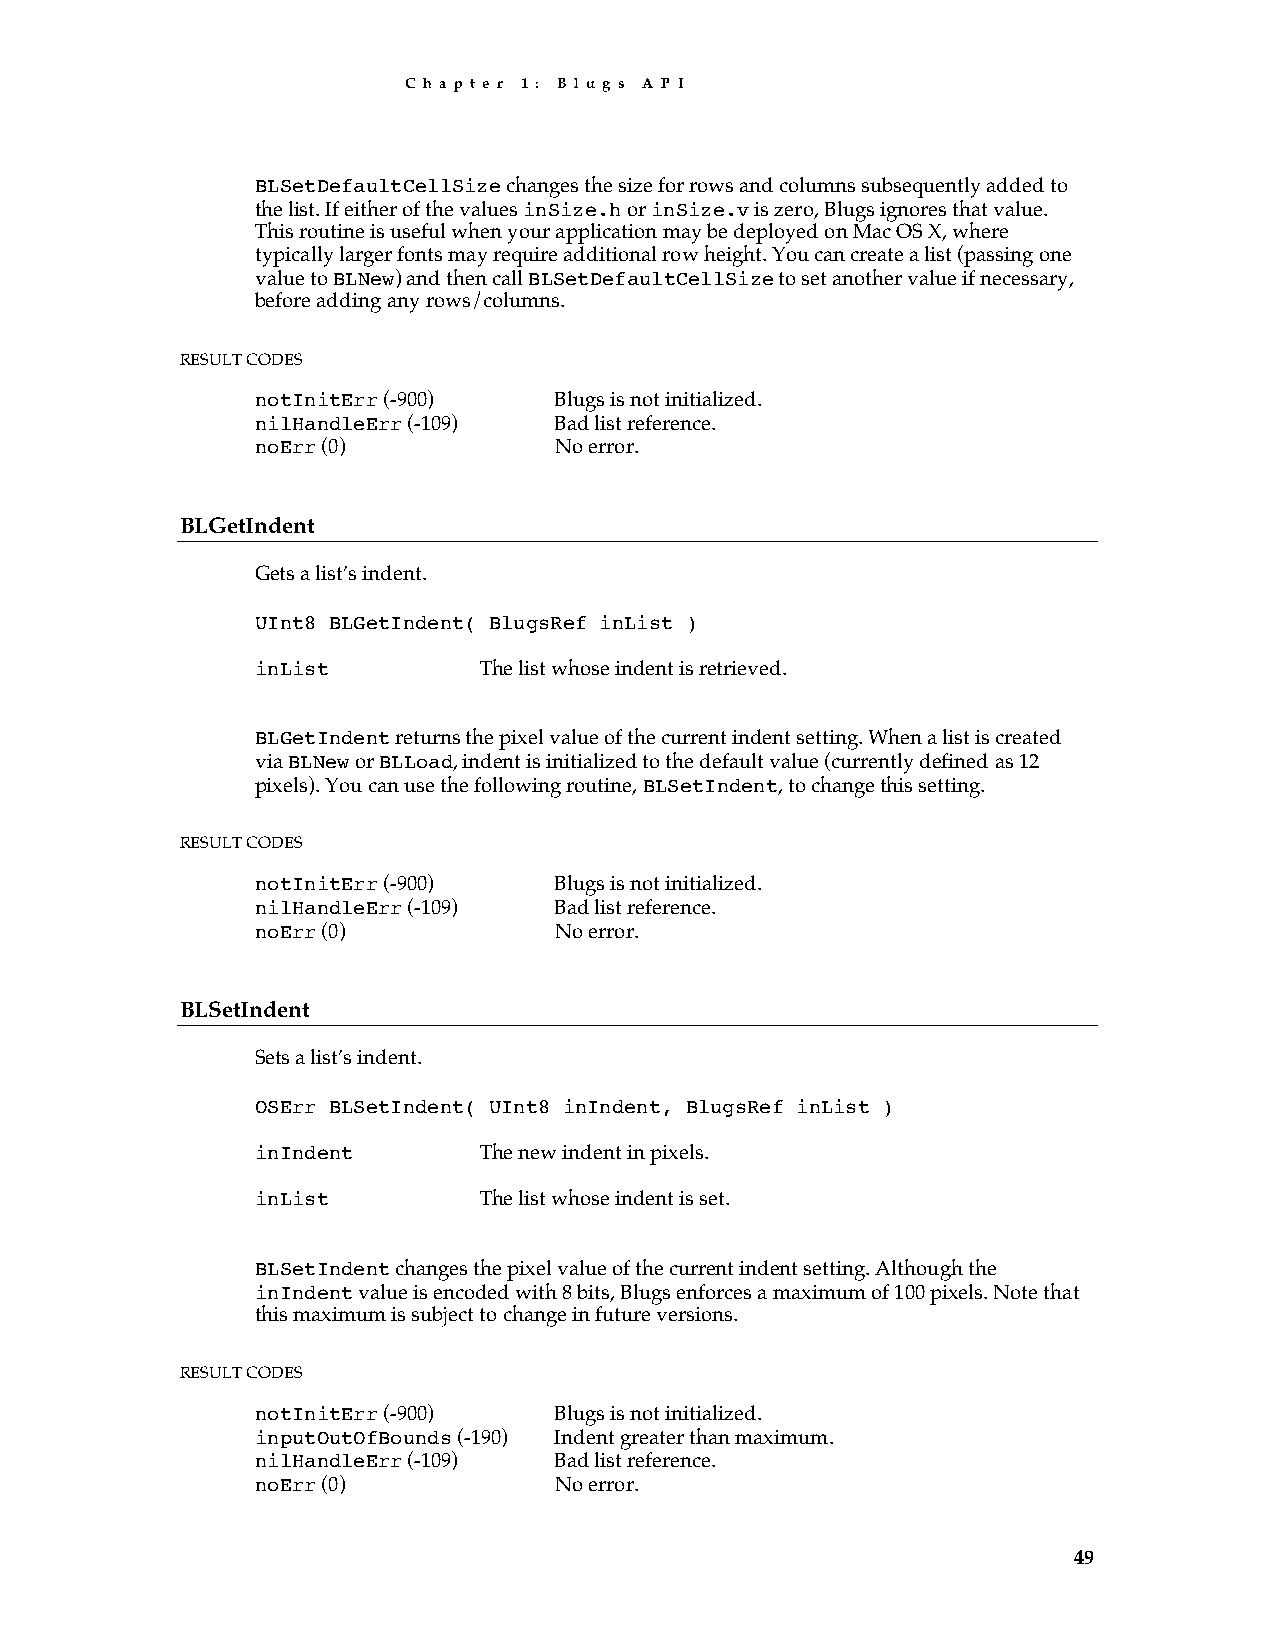
C h a p t e r 1 : B l u g s A P I
 BLSetDefaultCellSize changes the size for rows and columns subsequently added to
 the list. If either of the values inSize.h or inSize.v is zero, Blugs ignores that value.
 This routine is useful when your application may be deployed on Mac OS X, where
 typically larger fonts may require additional row height. You can create a list (passing one
 value to BLNew) and then call BLSetDefaultCellSize to set another value if necessary,
 before adding any rows/columns.
 RESULT CODES
 notInitErr (-900)   Blugs is not initialized.
 nilHandleErr (-109) Bad list reference.
 noErr (0)           No error.
 BLGetIndent
 Gets a list’s indent.
 UInt8 BLGetIndent( BlugsRef inList )
 inList         The list whose indent is retrieved.
 BLGetIndent returns the pixel value of the current indent setting. When a list is created
 via BLNew or BLLoad, indent is initialized to the default value (currently defined as 12
 pixels). You can use the following routine, BLSetIndent, to change this setting.
 RESULT CODES
 notInitErr (-900)   Blugs is not initialized.
 nilHandleErr (-109) Bad list reference.
 noErr (0)           No error.
 BLSetIndent
 Sets a list’s indent.
 OSErr BLSetIndent( UInt8 inIndent, BlugsRef inList )
 inIndent       The new indent in pixels.
 inList         The list whose indent is set.
 BLSetIndent changes the pixel value of the current indent setting. Although the
 inIndent value is encoded with 8 bits, Blugs enforces a maximum of 100 pixels. Note that
 this maximum is subject to change in future versions.
 RESULT CODES
 notInitErr (-900)   Blugs is not initialized.
 inputOutOfBounds (-190) Indent greater than maximum.
 nilHandleErr (-109) Bad list reference.
 noErr (0)           No error.
 49